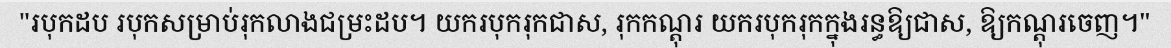
"របុកដប របុកសម្រាប់រុកលាងជម្រះដប។ យករបុករុកជាស, រុកកណ្តុរ យករបុករុកក្នុងរន្ធឱ្យជាស, ឱ្យកណ្តុរចេញ។"